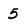
Character: 5